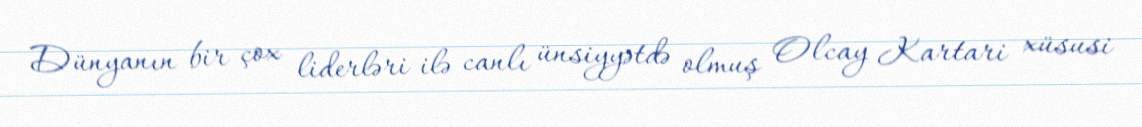
Dünyanın bir çox liderləri ilə canlı ünsiyyətdə olmuş Olcay Kartari xüsusi